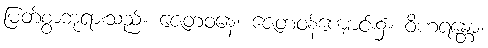
မြတ်စွာဘုရားသည်။ ဇေတဝနေ၊ ဇေတဝန်ကျောင်း၌။ ဝိဟရန္တော၊